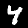
Label: 4